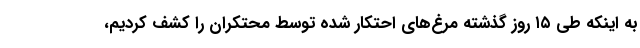
به اینکه طی ۱۵ روز گذشته مرغ‌های احتکار شده توسط محتکران را کشف کردیم،